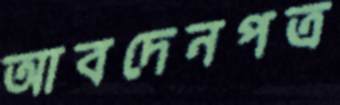
আবদেনপত্র